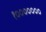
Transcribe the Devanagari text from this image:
१०००००००